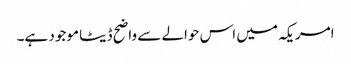
امریکہ میں اس حوالے سے واضح ڈیٹا موجود ہے۔